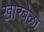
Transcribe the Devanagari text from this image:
खारबेळा